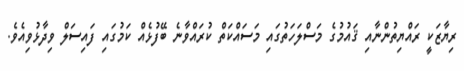
ރިޔާޒަކީ ރައްޔިތުންނާއި ޤައުމުގެ މަސްލަހަތުގައި މަސައްކަތް ކުރައްވާނެ ބޭފުޅެއް ކަމުގައި ފައިސަލް ވިދާޅުވިއެވެ.